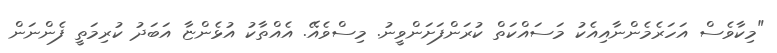
"މިކާވެސް އަހަރެމެންނާއިއެކު މަސައްކަތް ކުރަންފަށަންވީނު. މިސްވެއޭ. އެއްތާކު އުޅެންޏާ އަބަދު ކުރިމަތީ ފެންނަން